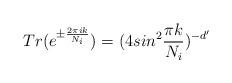
LaTeX: \begin{align*}Tr(e^{\pm {2 \pi i k \over N_i}}) = (4 sin^2 {\pi k \over N_i})^{-d^\prime}\end{align*}